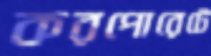
করপোরেটে